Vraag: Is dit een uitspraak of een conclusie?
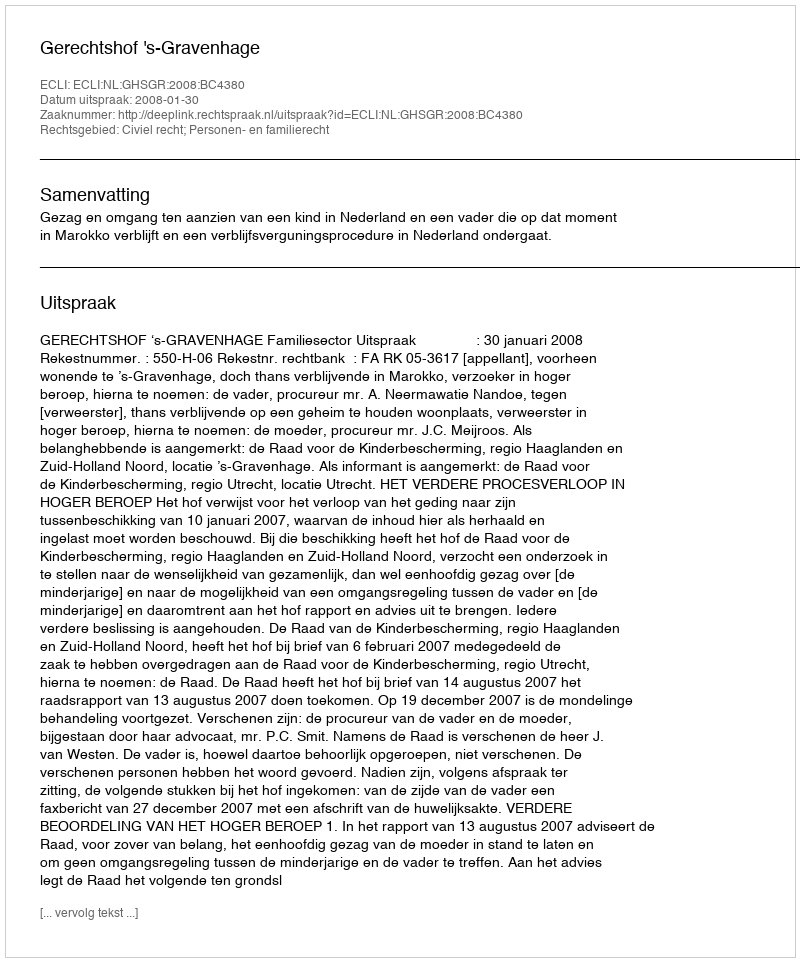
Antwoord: Uitspraak